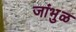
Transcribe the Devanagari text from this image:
जांभुळ